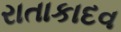
રાતાકાદવ